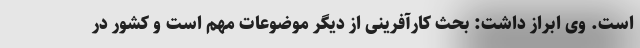
است. وی ابراز داشت: بحث کارآفرینی از دیگر موضوعات مهم است و کشور در